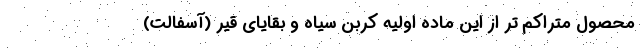
محصول متراکم تر از این ماده اولیه کربن سیاه و بقایای قیر (آسفالت)